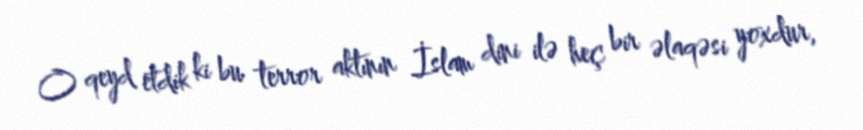
O qeyd etdik ki bu terror aktının İslam dini ilə heç bir əlaqəsi yoxdur,